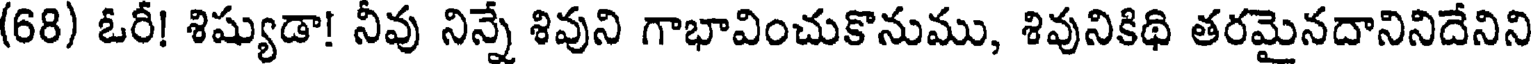
(68) ఓరీ! శిష్యుడా! నీవు నిన్నే శివుని గాభావించుకొనుము, శివునికిథి తరమైనదానినిదేనిని